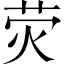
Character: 荧